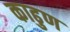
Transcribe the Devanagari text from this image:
काढुण